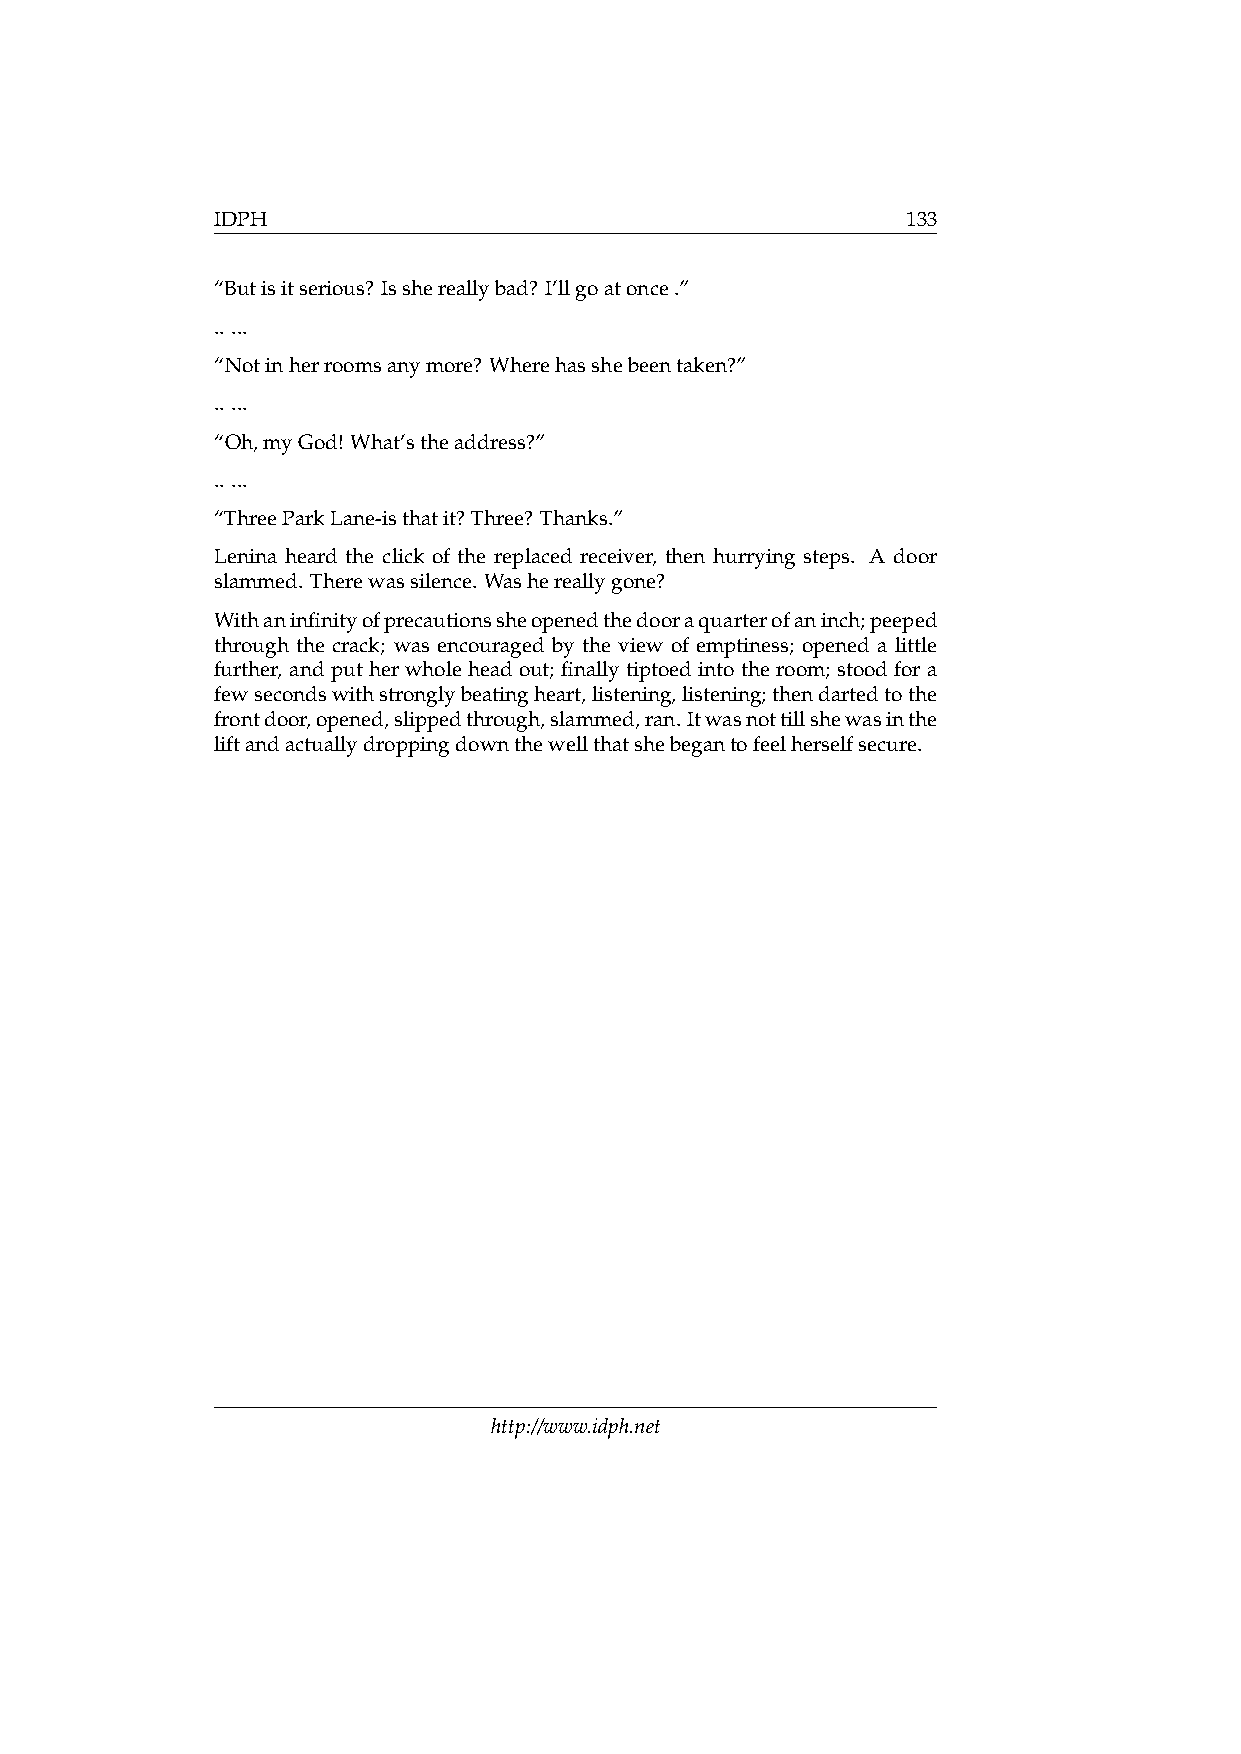
IDPH                                          133
 “Butisitserious? Isshereallybad? I’llgoatonce.”
 .. ...
 “Notinherroomsanymore? Wherehasshebeentaken?”
 .. ...
 “Oh,myGod! What’stheaddress?”
 .. ...
 “ThreeParkLane-isthatit? Three? Thanks.”
 Lenina heard the click of the replaced receiver, then hurrying steps. A door
 slammed. Therewassilence. Washereallygone?
 Withaninfinityofprecautionssheopenedthedooraquarterofaninch;peeped
 through the crack; was encouraged by the view of emptiness; opened a little
 further, andputherwholeheadout; finallytiptoedintotheroom; stoodfora
 fewsecondswithstronglybeatingheart,listening,listening;thendartedtothe
 frontdoor,opened,slippedthrough,slammed,ran.Itwasnottillshewasinthe
 liftandactuallydroppingdownthewellthatshebegantofeelherselfsecure.
 http://www.idph.net